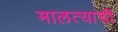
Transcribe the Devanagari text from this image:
मालत्याची